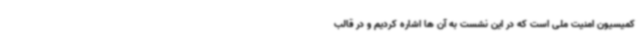
کمیسیون امنیت ملی است که در این نشست به آن ها اشاره کردیم و در قالب